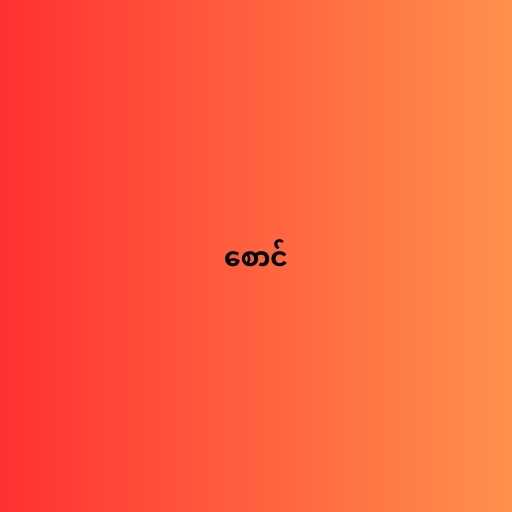
စောင်